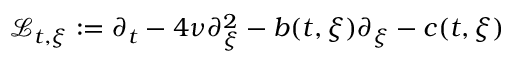
\mathcal { L } _ { t , \xi } : = \partial _ { t } - 4 \nu \partial _ { \xi } ^ { 2 } - b ( t , \xi ) \partial _ { \xi } - c ( t , \xi )